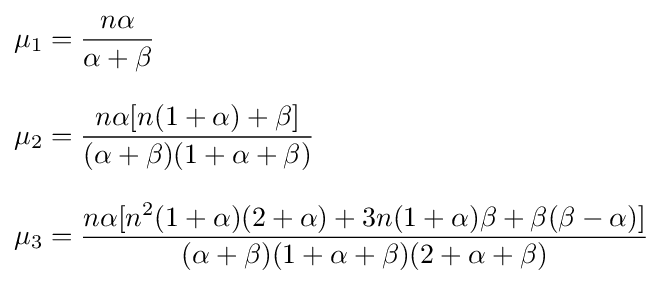
{\begin{aligned}\mu _{1}&={\frac {n\alpha }{\alpha +\beta }}\\[8pt]\mu _{2}&={\frac {n\alpha [n(1+\alpha )+\beta ]}{(\alpha +\beta )(1+\alpha +\beta )}}\\[8pt]\mu _{3}&={\frac {n\alpha [n^{2}(1+\alpha )(2+\alpha )+3n(1+\alpha )\beta +\beta (\beta -\alpha )]}{(\alpha +\beta )(1+\alpha +\beta )(2+\alpha +\beta )}}\end{aligned}}